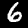
Digit: 6